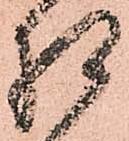
相